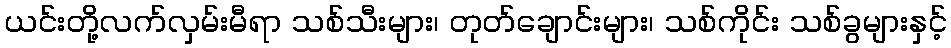
ယင်းတို့လက်လှမ်းမီရာ သစ်သီးများ၊ တုတ်ချောင်းများ၊ သစ်ကိုင်း သစ်ခွများနှင့်